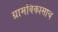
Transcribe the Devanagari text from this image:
ग्रामविकासाच